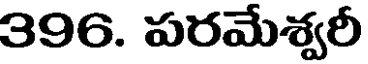
396. పరమేశ్వరీ